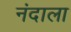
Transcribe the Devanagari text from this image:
नंदाला